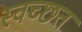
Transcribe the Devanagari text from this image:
स्वच्छत